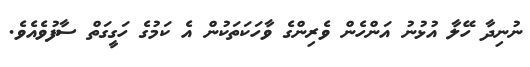
ނުނިދާ ހޭލާ އުޅުނު އަންހެން ވެރިންގެ ވާހަކަތަކުން އެ ކަމުގެ ހަގީގަތް ސާފުވެއެވެ.